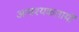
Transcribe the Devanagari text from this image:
आवश्यकतायों